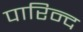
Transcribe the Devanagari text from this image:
पारिन्द